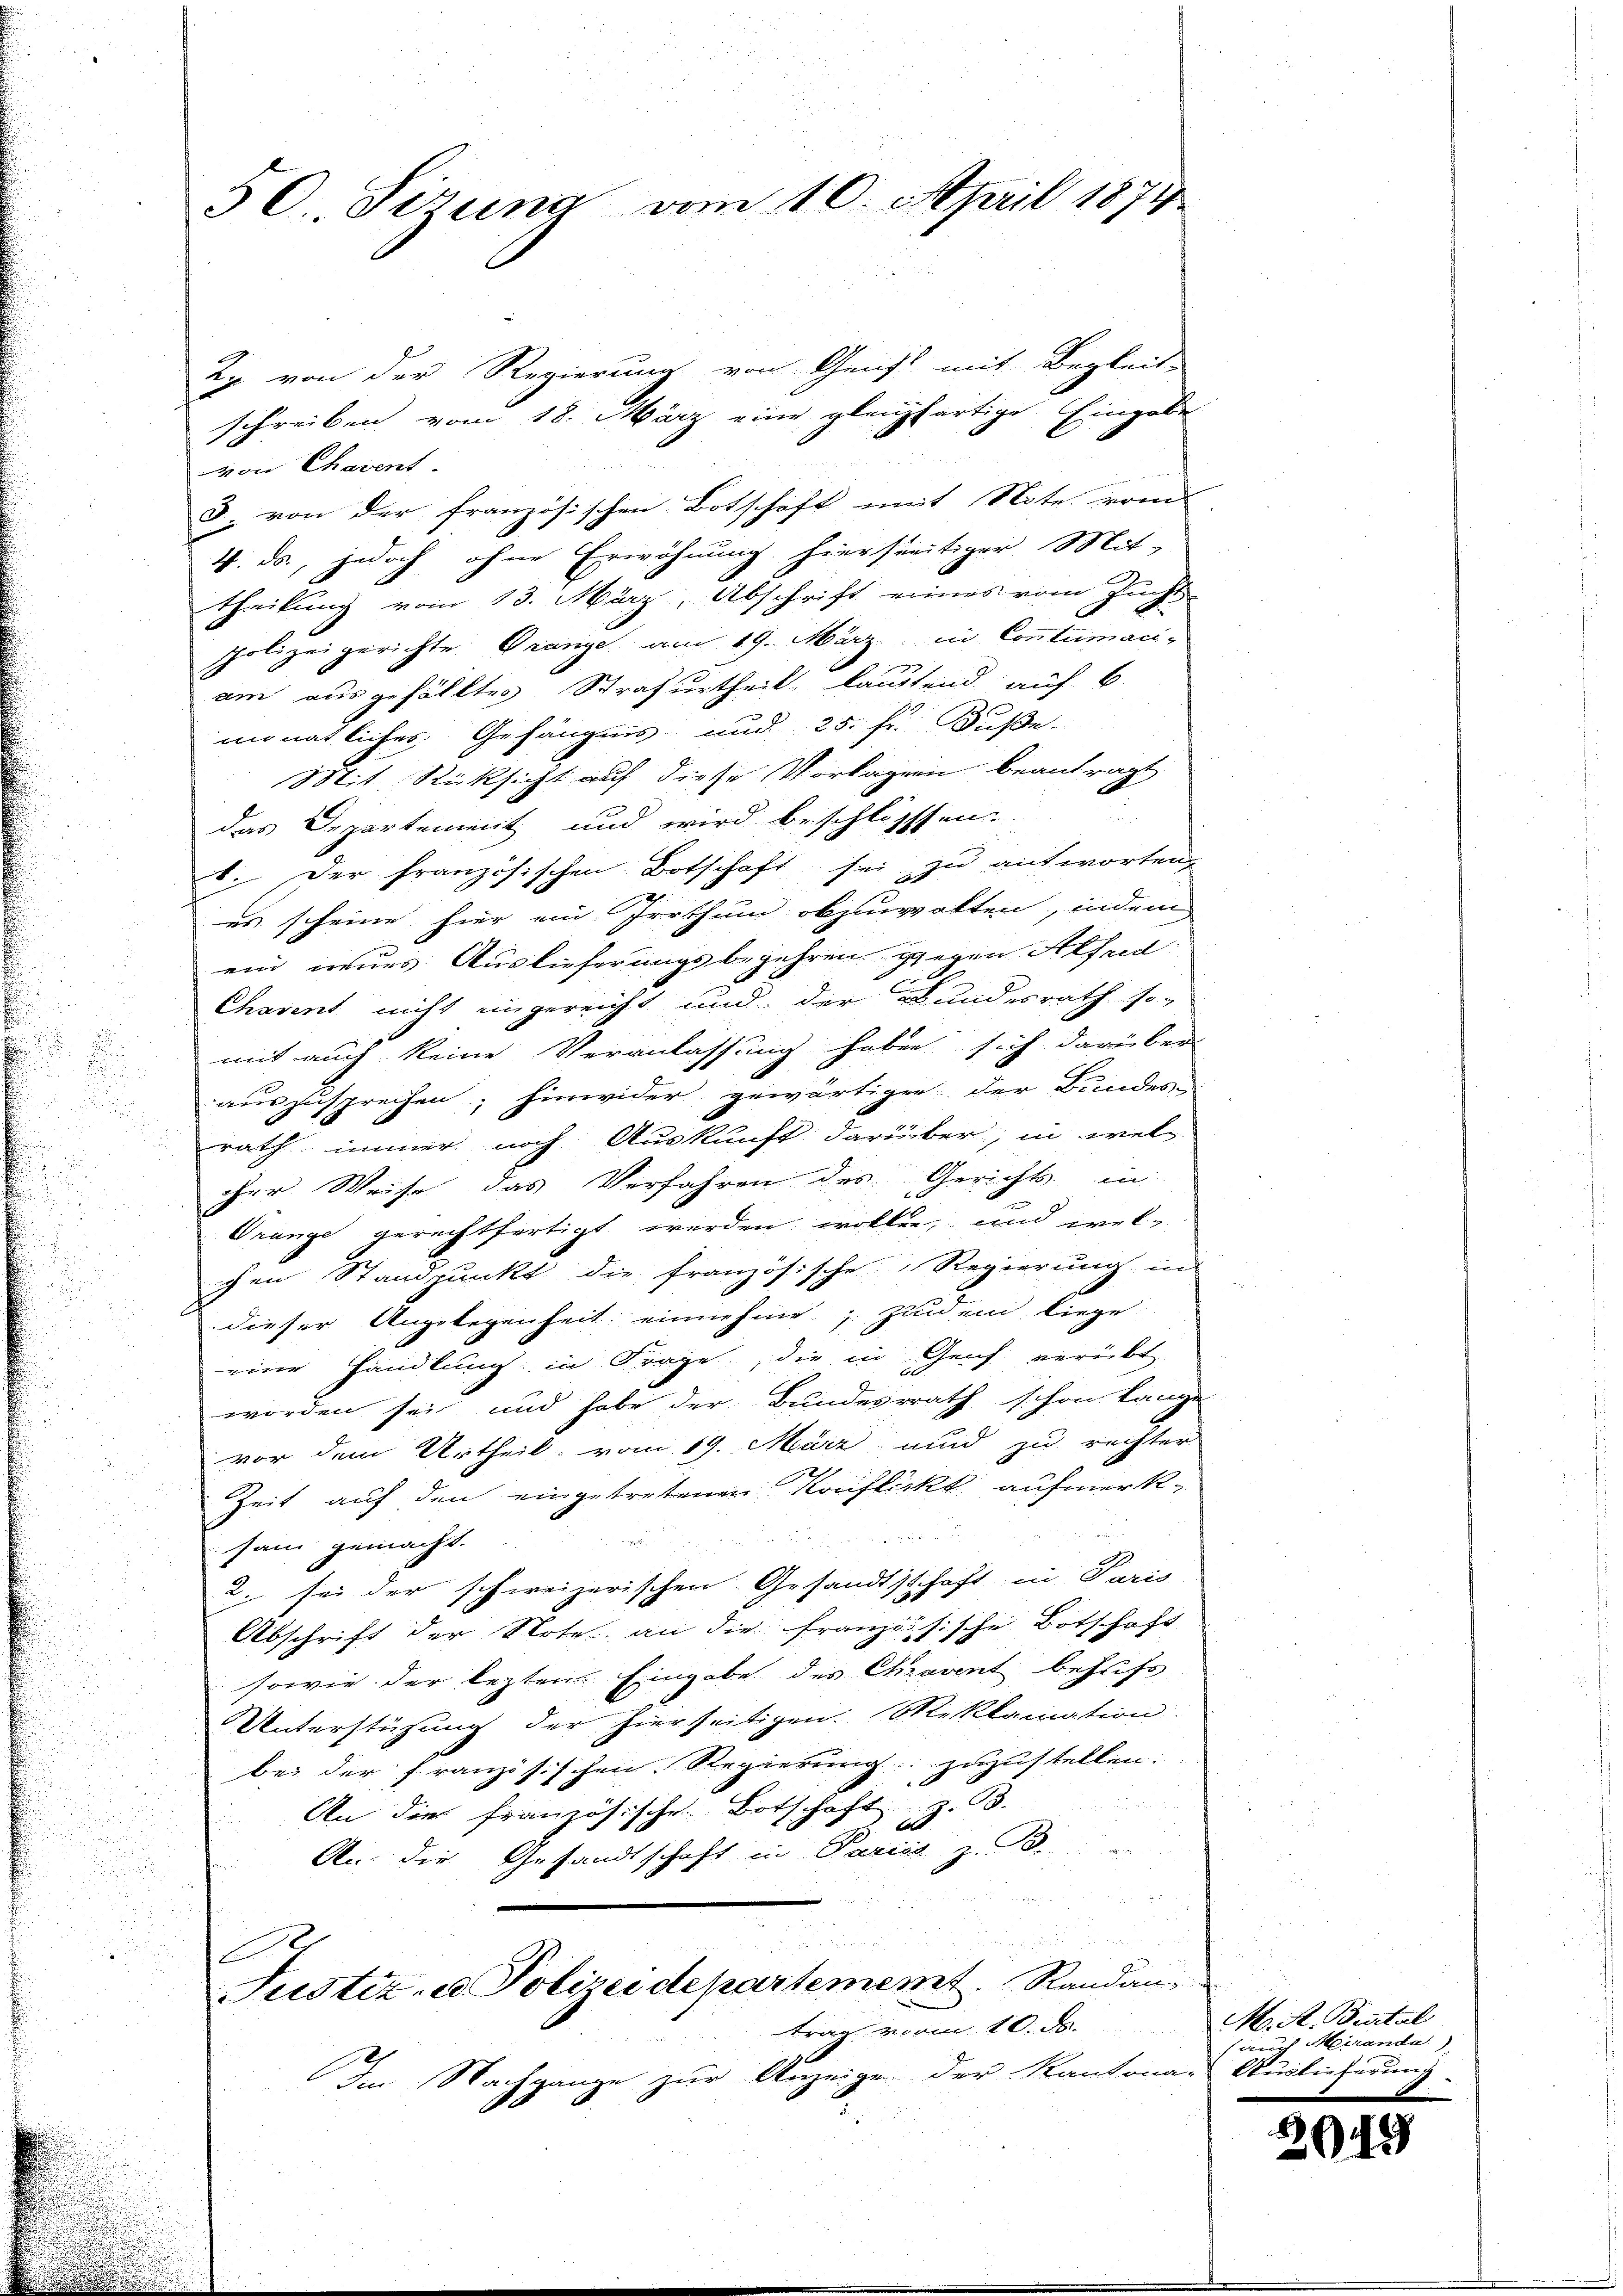
.
d
u

50 Sizung vom 10. April 1874.

2j von der Regierung von Gunst mit Begleit
schreiben vom 18. März eine gleichfartige Eingabe
von Chavent
3. von der französischen Botschaft mit Note vom
4. ds., jedoch ohne Erwähnung hierseitiger Mit-
theilung vom 13. März, Abschrift eines vom Zucht-
Polizeigerichte Granze am 19. März in Contumaci-
am ausgefällten Strafurtheil lautend auf 6
monatlicher Gefängnis und 25. Jr. Buße.
Mit Rücksicht auf diese Vorlagen beantragt
n
das Departement und wird beschlossen.
1. Der französischen Botschaft sei zu antworten,
es scheine hier ein Irrthum obzualten, indem
ein neues Auslieferungsbegehren gegen Affend
Chavent nicht eingereicht und der Bundesrath so-
mit auch keine Veranlassung haben sich darüber
auszusprechen; hinwider gewärtigen der Bundes-
rath immer noch Auskunft darüber, in wel
.
cher Weise das Verfahren des Gerichts in
Orange gerechtfertigt werden wollen, und wel-
chen Standpunkt die französische Regierung in
dieser Angelegenheit einnehme. Zum ein liege
eine Handlung in Frage, die in Genf verübt
worden sei und habe der Bundesrath schon lange
vor dem Urtheil, vom 19. März und zu rechter
Zeit auf den eingetretenen Konflickt aufmerk¬

sam gemacht.
2. sei der schweizerischen Gesandtschaft in Paris
Abschrift der Note an die Französische Botschaft
sowie der lezten Eingabe des Chravent behufs
Unterstützung der hierseitigen Reklamation
bei der französischen Regierung zuzustellen.
An die französische Botschaft z. B.
An die Gesandtschaft in Paris z. B.
n
.
f
Justiz- u. Polizei departement. Randantrag vom 10. d. M. A. Bestal
Im Nachgange zur Anzeige der Kantonals Auslieferung

Merande

6

19